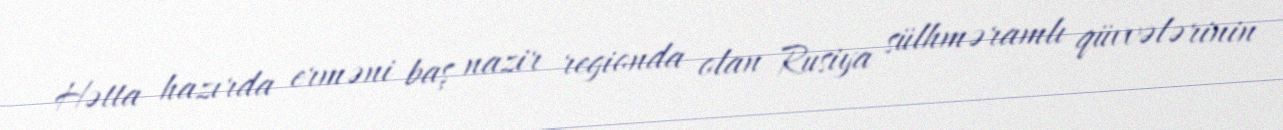
Hətta hazırda erməni baş nazir regionda olan Rusiya sülhməramlı qüvvələrinin